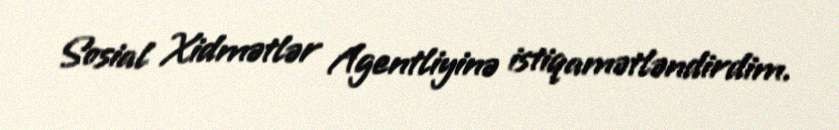
Sosial Xidmətlər Agentliyinə istiqamətləndirdim.